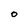
Character: O